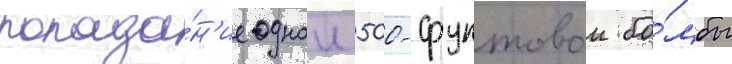
попада́н'ие однои 500-фунтовои бо́мбы